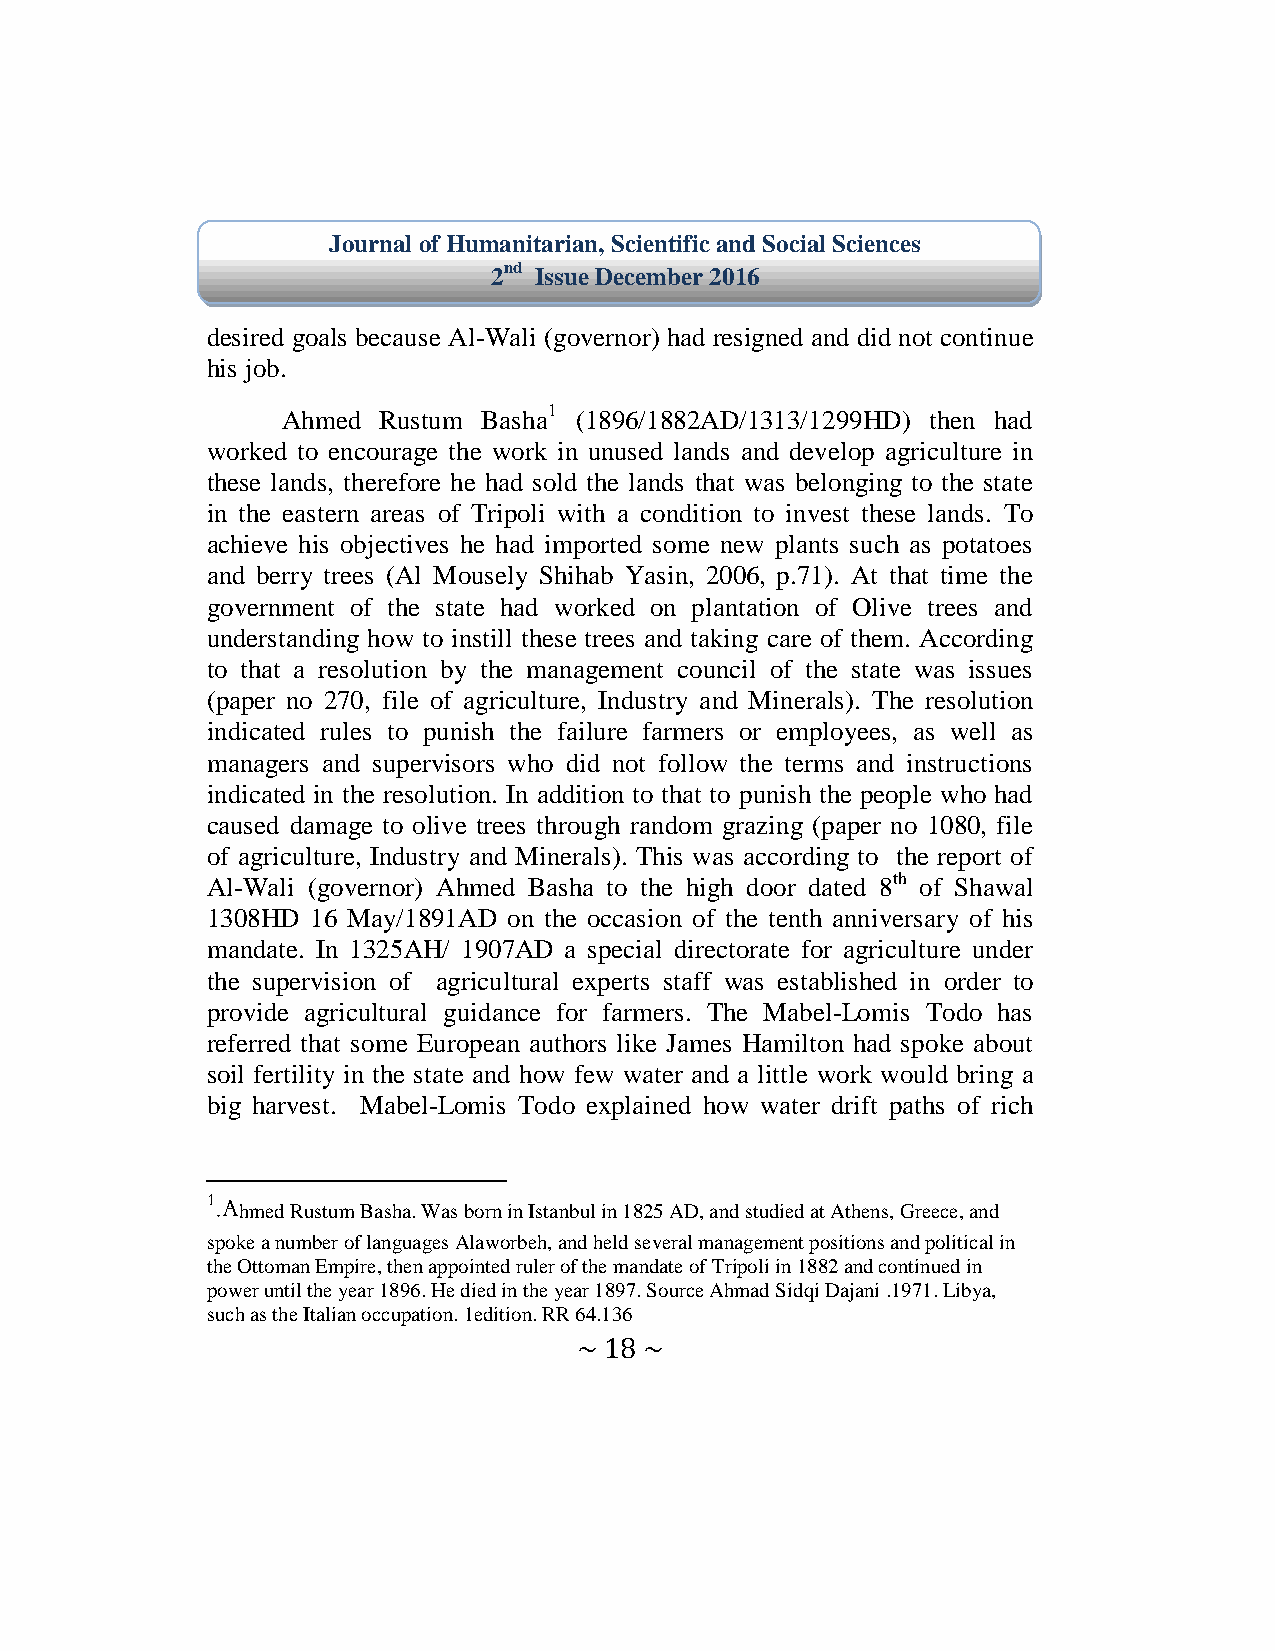
Journal of Humanitarian, Scientific and Social Sciences
 2nd Issue December 2016
 desired goals because Al-Wali (governor) had resigned and did not continue
 his job.
 Ahmed Rustum Basha1 (1896/1882AD/1313/1299HD) then had
 worked to encourage the work in unused lands and develop agriculture in
 these lands, therefore he had sold the lands that was belonging to the state
 in the eastern areas of Tripoli with a condition to invest these lands. To
 achieve his objectives he had imported some new plants such as potatoes
 and berry trees (Al Mousely Shihab Yasin, 2006, p.71). At that time the
 government of the state had worked on plantation of Olive trees and
 understanding how to instill these trees and taking care of them. According
 to that a resolution by the management council of the state was issues
 (paper no 270, file of agriculture, Industry and Minerals). The resolution
 indicated rules to punish the failure farmers or employees, as well as
 managers and supervisors who did not follow the terms and instructions
 indicated in the resolution. In addition to that to punish the people who had
 caused damage to olive trees through random grazing (paper no 1080, file
 of agriculture, Industry and Minerals). This was according to the report of
 Al-Wali (governor) Ahmed Basha to the high door dated 8th of Shawal
 1308HD 16 May/1891AD on the occasion of the tenth anniversary of his
 mandate. In 1325AH/ 1907AD a special directorate for agriculture under
 the supervision of agricultural experts staff was established in order to
 provide agricultural guidance for farmers. The Mabel-Lomis Todo has
 referred that some European authors like James Hamilton had spoke about
 soil fertility in the state and how few water and a little work would bring a
 big harvest. Mabel-Lomis Todo explained how water drift paths of rich
 1 .Ahmed Rustum Basha. Was born in Istanbul in 1825 AD, and studied at Athens, Greece, and
 spoke a number of languages Alaworbeh, and held several management positions and political in
 the Ottoman Empire, then appointed ruler of the mandate of Tripoli in 1882 and continued in
 power until the year 1896. He died in the year 1897. Source Ahmad Sidqi Dajani .1971. Libya,
 such as the Italian occupation. 1edition. RR 64.136
 ~ 18 ~